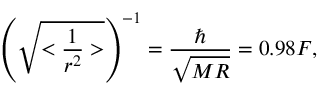
\left( \sqrt { < \frac { 1 } { r ^ { 2 } } > } \right) ^ { - 1 } = \frac { \hbar } { \sqrt { M R } } = 0 . 9 8 F ,